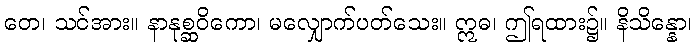
တေ၊ သင်အား။ နာနုစ္ဆဝိကော၊ မလျှောက်ပတ်သေး။ ဣဓ၊ ဤရထား၌။ နိသိန္နော၊